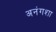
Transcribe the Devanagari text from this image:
अनंगशा